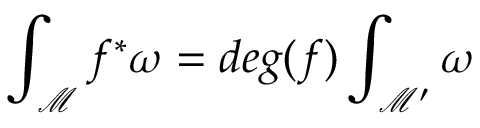
\int _ { \mathcal M } f ^ { * } \omega = d e g ( f ) \int _ { { \mathcal M } ^ { \prime } } \omega